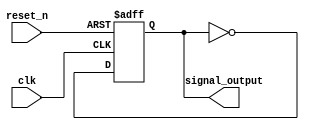
module repeat_loop (
    input wire clk,           // Clock input
    input wire reset_n,      // Active low reset
    output reg signal_output  // Output signal
);

    // Initialization process
    initial begin
        signal_output = 1'b0; // Initialize the output signal
    end

    // Repeat loop behavior
    always @(posedge clk or negedge reset_n) begin
        if (!reset_n) begin
            signal_output <= 1'b0; // Reset the signal output
        end else begin
            // Infinite loop behavior
            // This section will execute continuously with each clock cycle
            // Example operation: Toggle the output signal
            signal_output <= ~signal_output; // Toggle output
        end
    end

endmodule